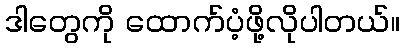
ဒါတွေကို ထောက်ပံ့ဖို့လိုပါတယ်။